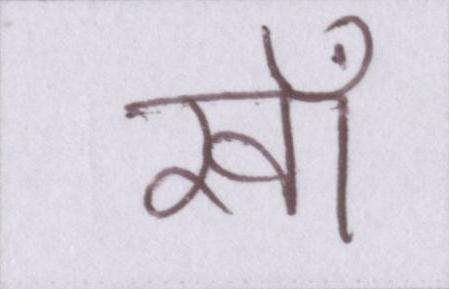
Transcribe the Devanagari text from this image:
खाँ